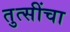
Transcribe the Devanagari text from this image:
तुत्‍सींचा